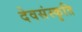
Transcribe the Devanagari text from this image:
देवसंस्कृति